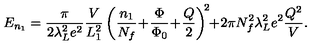
E _ { n _ { 1 } } = \frac { \pi } { 2 \lambda _ { L } ^ { 2 } e ^ { 2 } } \frac { V } { L _ { 1 } ^ { 2 } } \left( \frac { n _ { 1 } } { N _ { f } } \! + \! \frac { \Phi } { \Phi _ { 0 } } \! + \! \frac { Q } { 2 } \right) ^ { \! 2 } \! \! + \! 2 \pi N _ { f } ^ { 2 } \lambda _ { L } ^ { 2 } e ^ { 2 } \frac { Q ^ { 2 } } { V } .